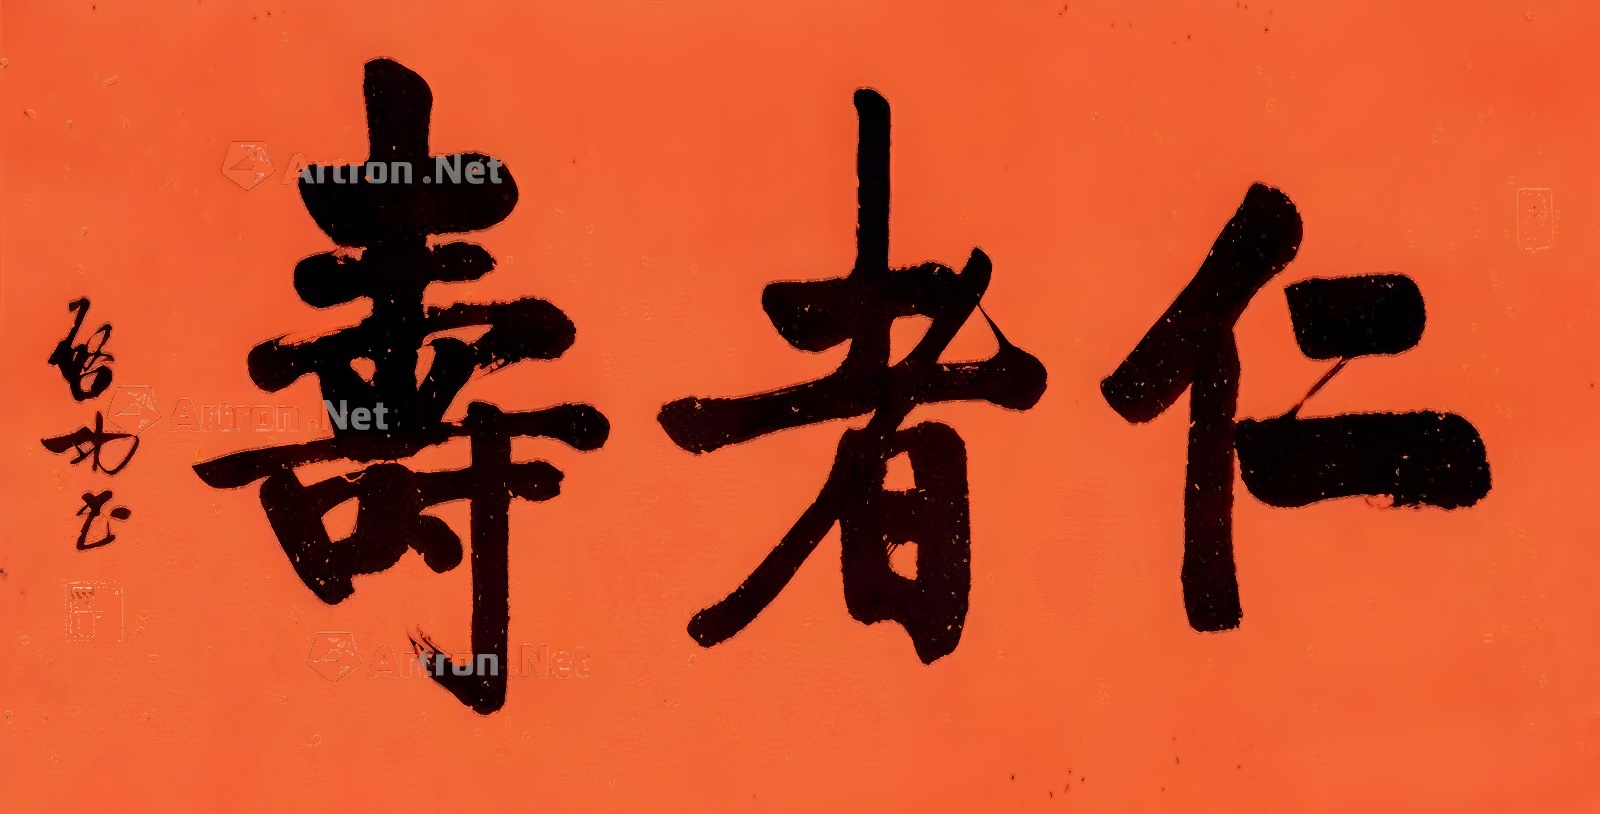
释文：仁者寿启功书。